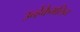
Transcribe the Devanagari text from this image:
उन्हेंकैमलिन